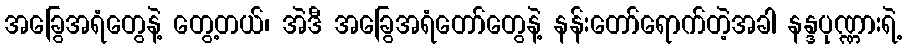
အခြွေအရံတွေနဲ့ တွေ့တယ်၊ အဲဒီ အခြွေအရံတော်တွေနဲ့ နန်းတော်ရောက်တဲ့အခါ နန္ဒပုဏ္ဏားရဲ့